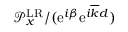
{ \mathcal P } _ { x } ^ { \mathrm { L R } } / ( \mathrm { e } ^ { i \beta } \mathrm { e } ^ { i \overline { { k } } d } )